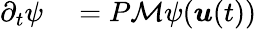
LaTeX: \begin{array}{rl}{\partial_{t}\psi}&{{}=P\mathcal M\psi(\boldsymbol{u}(t))}\end{array}